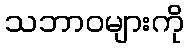
သဘာဝများကို